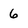
Character: 6